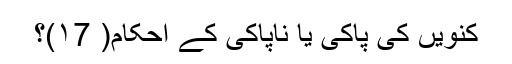
کنویں کی پاکی یا ناپاکی کے احکام( ۱7)؟